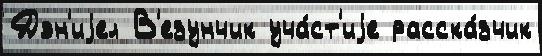
Дэн'иjел В'езунчик уча́ст'иjе расска́зчик